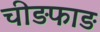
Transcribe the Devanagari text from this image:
चीड़फाड़